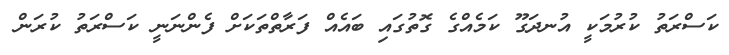
ކަސްރަތު ކުރުމަކީ އުނދަގޫ ކަމެއްގެ ގޮތުގައި ބައެއް ފަރާތްތަކަށް ފެންނަނީ ކަސްރަތު ކުރަން